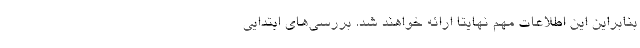
بنابراین این اطلاعات مهم نهایتا ارائه خواهند شد. بررسی‌های ابتدایی